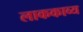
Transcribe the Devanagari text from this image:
लाककाव्य